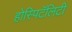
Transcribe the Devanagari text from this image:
होस्पिटॅलिटी